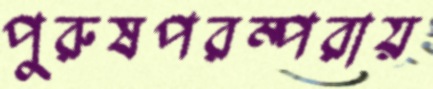
পুরুষপরম্পরায়